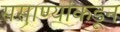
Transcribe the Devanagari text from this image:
ससाण्यांकडून